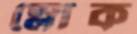
স্লোক